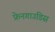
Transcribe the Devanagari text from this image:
फ्रेनगाउडिस